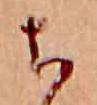
ち